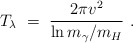
\begin{align*}T_{\lambda}\ =\ \frac{2\pi v^2}{\ln m_\gamma/m_H}\ .\end{align*}